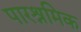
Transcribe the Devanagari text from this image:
पारश्रमिक